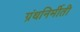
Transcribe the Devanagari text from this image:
ग्रंथनिर्मीती